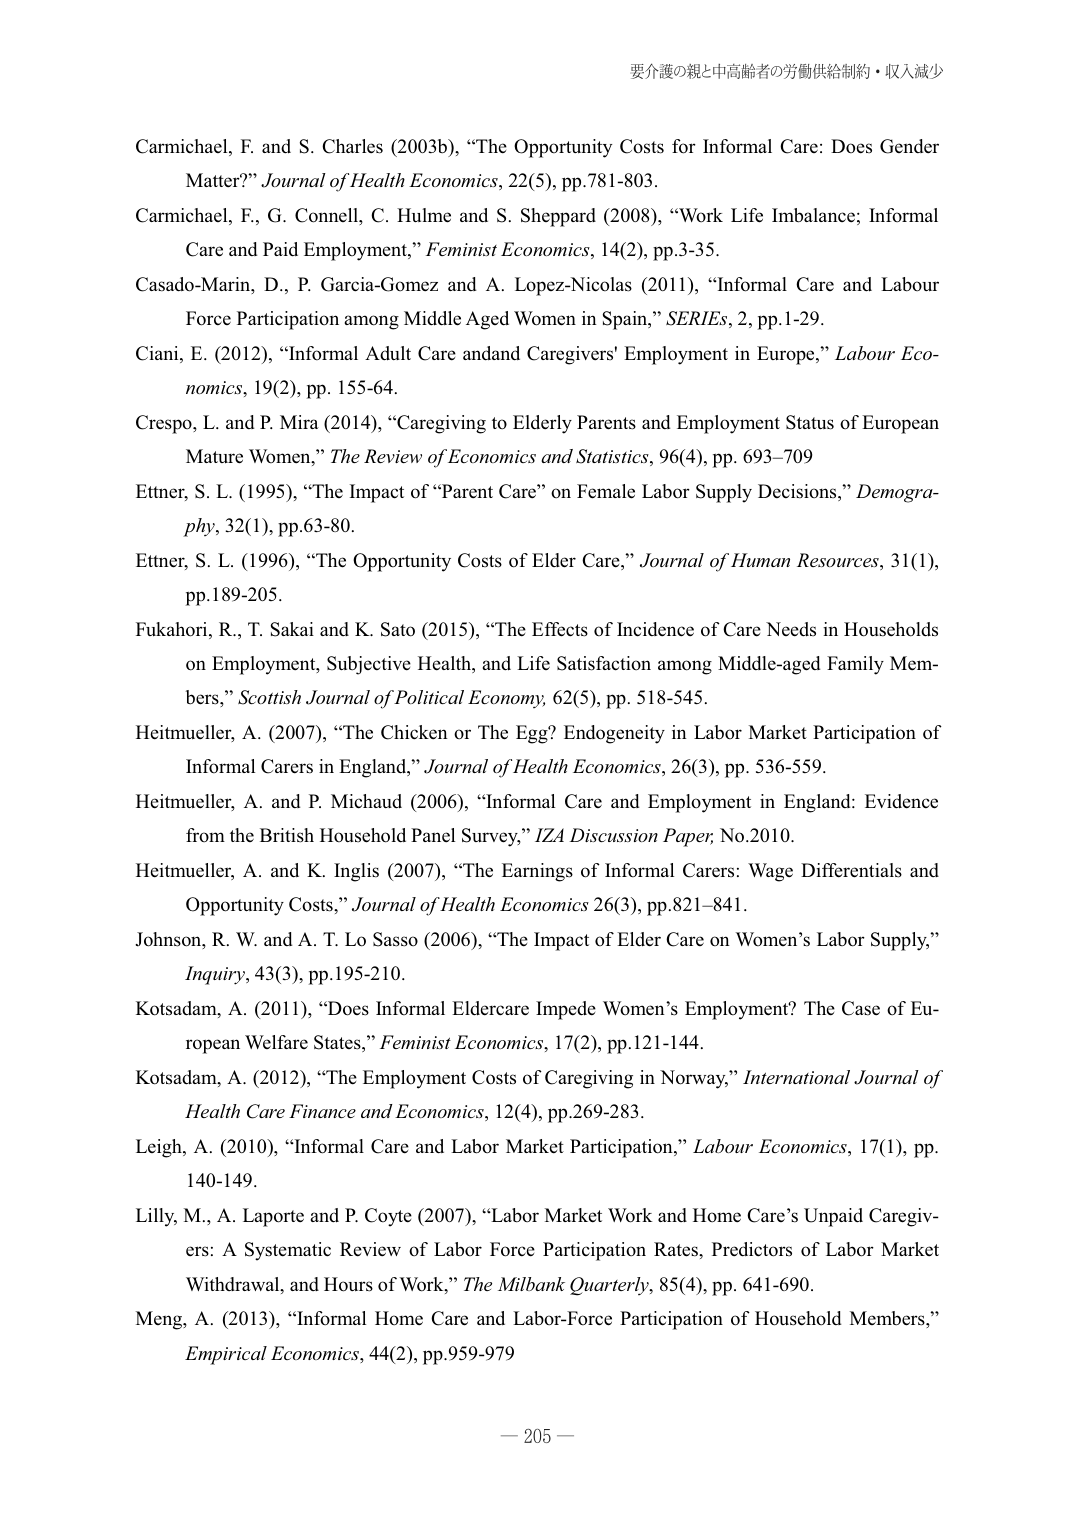
要介護の親と中高齢者の労働供給制約・収入減少

Carmichael, F. and S. Charles (2003b), “The Opportunity Costs for Informal Care: Does Gender Matter?” Journal of Health Economics, 22(5), pp.781-803.

Carmichael, F., G. Connell, C. Hulme and S. Sheppard (2008), “Work Life Imbalance; Informal Care and Paid Employment,” Feminist Economics, 14(2), pp.3-35.

Casado-Marin, D., P. Garcia-Gomez and A. Lopez-Nicolas (2011), “Informal Care and Labour Force Participation among Middle Aged Women in Spain,” SERIES, 2, pp.1-29.

Ciani, E. (2012), “Informal Adult Care and Caregivers’ Employment in Europe,” Labour Economics, 19(2), pp. 155-64.

Crespo, L. and P. Mira (2014), “Caregiving to Elderly Parents and Employment Status of European Mature Women,” The Review of Economics and Statistics, 96(4), pp. 693–709

Ettner, S. L. (1995), “The Impact of “Parent Care” on Female Labor Supply Decisions,” Demography, 32(1), pp.63-80.

Ettner, S. L. (1996), “The Opportunity Costs of Elder Care,” Journal of Human Resources, 31(1), pp.189-205.

Fukahori, R., T. Sakai and K. Sato (2015), “The Effects of Incidence of Care Needs in Households on Employment, Subjective Health, and Life Satisfaction among Middle-aged Family Members,” Scottish Journal of Political Economy, 62(5), pp. 518-545.

Heitmueller, A. (2007), “The Chicken or The Egg? Endogeneity in Labor Market Participation of Informal Carers in England,” Journal of Health Economics, 26(3), pp. 536-559.

Heitmueller, A. and P. Michaud (2006), “Informal Care and Employment in England: Evidence from the British Household Panel Survey,” IZA Discussion Paper, No.2010.

Heitmueller, A. and K. Inglis (2007), “The Earnings of Informal Carers: Wage Differentials and Opportunity Costs,” Journal of Health Economics 26(3), pp.821–841.

Johnson, R. W. and A. T. Lo Sasso (2006), “The Impact of Elder Care on Women’s Labor Supply,” Inquiry, 43(3), pp.195-210.

Kotsadam, A. (2011), “Does Informal Eldercare Impede Women’s Employment? The Case of European Welfare States,” Feminist Economics, 17(2), pp.121-144.

Kotsadam, A. (2012), “The Employment Costs of Caregiving in Norway,” International Journal of Health Care Finance and Economics, 12(4), pp.269-283.

Leigh, A. (2010), “Informal Care and Labor Market Participation,” Labour Economics, 17(1), pp. 140-149.

Lilly, M., A. Laporte and P. Coyte (2007), “Labor Market Work and Home Care’s Unpaid Caregivers: A Systematic Review of Labor Force Participation Rates, Predictors of Labor Market Withdrawal, and Hours of Work,” The Milbank Quarterly, 85(4), pp. 641-690.

Meng, A. (2013), “Informal Home Care and Labor-Force Participation of Household Members,” Empirical Economics, 44(2), pp.959-979

— 205 —